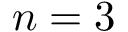
n = 3